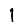
Digit: 1